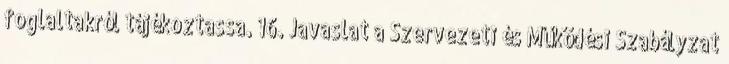
foglaltakról tájékoztassa. 16. Javaslat a Szervezeti és Működési Szabályzat